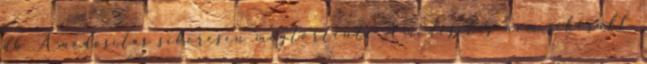
db A módosítás sikeresen megtörtént. A módosítás nem sikerült.